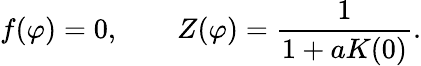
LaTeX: f(\varphi)=0,\qquad Z(\varphi)=\frac{1}{1+aK(0)}.